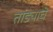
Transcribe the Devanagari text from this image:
तांड्याचे